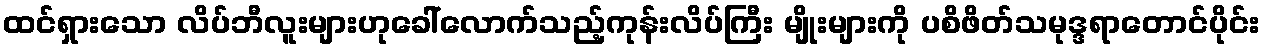
ထင်ရှားသော လိပ်ဘီလူးများဟုခေါ်လောက်သည့်ကုန်းလိပ်ကြီး မျိုးများကို ပစိဖိတ်သမုဒ္ဒရာတောင်ပိုင်း